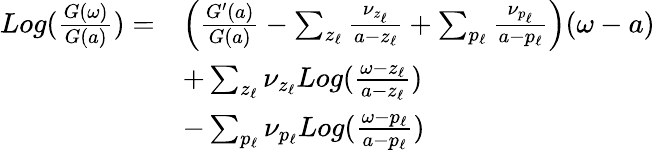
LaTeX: \begin{array}{r}{\begin{array}{rl}{Log(\frac{G(\omega)}{G(a)})=}&{\left(\frac{G^{\prime}(a)}{G(a)}-\sum_{z_{\ell}}\frac{\nu_{z_{\ell}}}{a-z_{\ell}}+\sum_{p_{\ell}}\frac{\nu_{p_{\ell}}}{a-p_{\ell}}\right)(\omega-a)}\\ &{+\sum_{z_{\ell}}\nu_{z_{\ell}}Log(\frac{\omega-z_{\ell}}{a-z_{\ell}})}\\ &{-\sum_{p_{\ell}}\nu_{p_{\ell}}Log(\frac{\omega-p_{\ell}}{a-p_{\ell}})}\end{array}}\end{array}